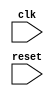
module APB_bus_controller (
    input wire clk,
    input wire reset,
    
    // add input/output ports as needed for data transfer requests, bus arbitration, etc.
    // example: input wire data_request,
    //          output wire data_acknowledge
);

    // define internal signals and registers here
    
    // generate clock signals
    always @(posedge clk) begin
        // implement clock generation logic here
    end
    
    // handle data transfer requests
    always @(posedge clk or negedge reset) begin
        if (!reset) begin
            // implement reset logic here
        end else begin
            // implement data transfer request handling logic here
        end
    end
    
    // manage bus arbitration
    // implement bus arbitration logic here
    
    // ensure data transfers occur within timing constraints
    // implement timing constraint logic here
    
    // synchronize different modules using handshaking signals, clock domain crossing techniques, etc.
    // implement synchronization logic here
    
    // detect and handle timing violations or synchronization issues
    // implement timing violation and synchronization issue handling logic here

endmodule